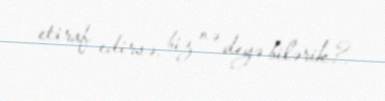
etiraf edirsə, biz nə deyə bilərik?.